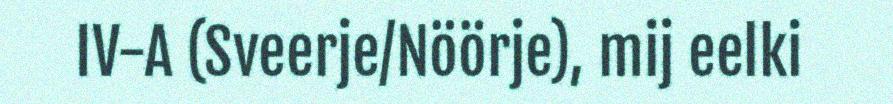
IV-A (Sveerje/Nöörje), mij eelki